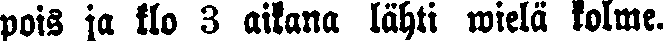
pois ja klo 3 aikana lähti wielä kolme.